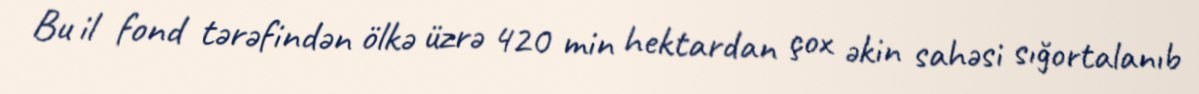
Bu il fond tərəfindən ölkə üzrə 420 min hektardan çox əkin sahəsi sığortalanıb